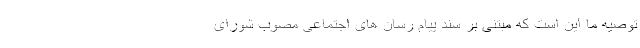
توصیه ما این است که مبتنی بر سند پیام رسان های اجتماعی مصوب شورای